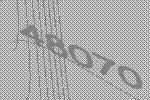
48070